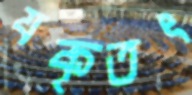
যকৃতৎ